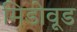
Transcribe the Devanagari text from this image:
मिडोवूड